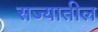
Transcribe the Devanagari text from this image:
सज्यातील